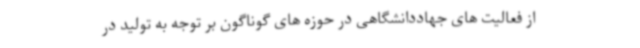
از فعالیت های جهاددانشگاهی در حوزه های گوناگون بر توجه به تولید در